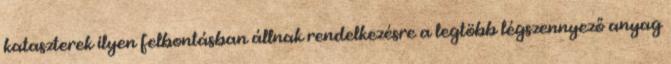
kataszterek ilyen felbontásban állnak rendelkezésre a legtöbb légszennyező anyag